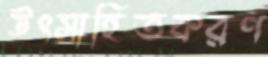
উৎসাহিতকরণ